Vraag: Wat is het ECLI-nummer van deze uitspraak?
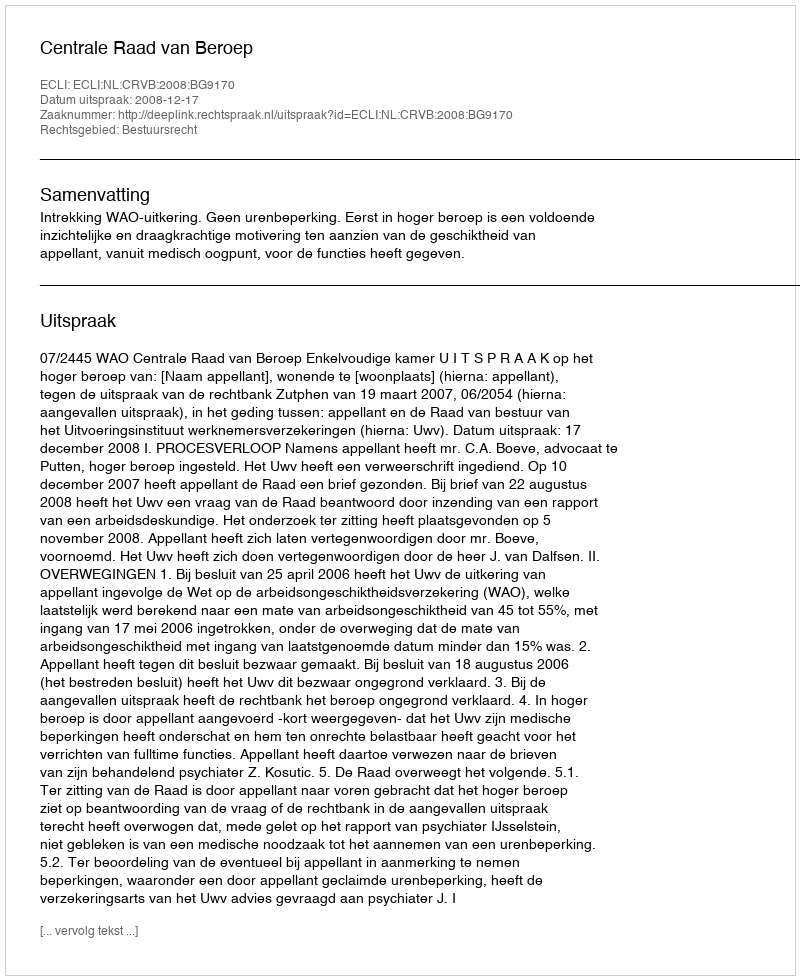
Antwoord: ECLI:NL:CRVB:2008:BG9170